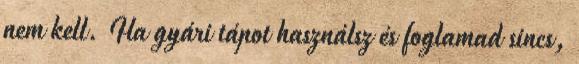
nem kell. Ha gyári tápot használsz és foglamad sincs,